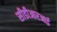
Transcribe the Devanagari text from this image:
सीडीआरआई